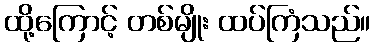
ထို့ကြောင့် တစ်မျိုး ထပ်ကြံသည်။